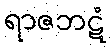
ရာဇဘဋံ